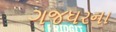
ગજધરના